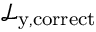
\mathcal { L } _ { \mathrm { y , c o r r e c t } }